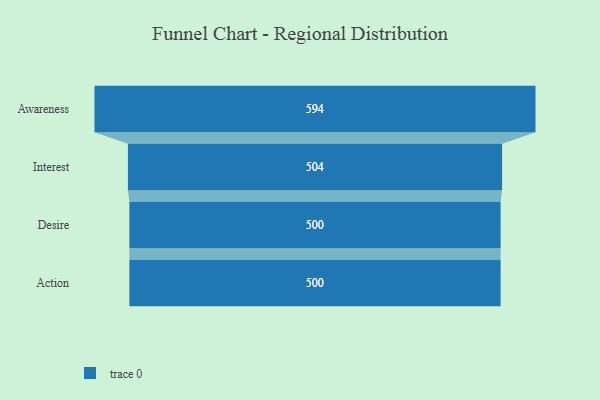
{"axis": {"x": "Stage", "y": "Value"}, "legend": [""], "data": [{"x": "Awareness", "y": 594.0, "type": ""}, {"x": "Interest", "y": 504.0, "type": ""}, {"x": "Desire", "y": 500, "type": ""}, {"x": "Action", "y": 500, "type": ""}]}